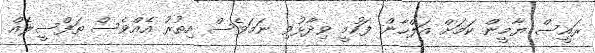
ރައީސް ޔާމީން ކަމަށް އަލްހާން ފަހުމީ ވިދާޅުވި ނަމަވެސް އިތުރު އެއްވެސް ތަފްސީލެއް